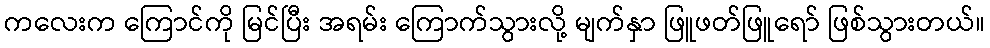
ကလေးက ကြောင်ကို မြင်ပြီး အရမ်း ကြောက်သွားလို့ မျက်နှာ ဖြူဖတ်ဖြူရော် ဖြစ်သွားတယ်။